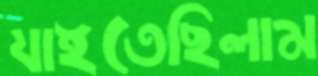
যাইতেছিলাম